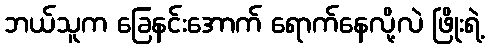
ဘယ်သူက ခြေနင်းအောက် ရောက်နေလို့လဲ ဖြိုးရဲ့